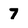
Character: 7